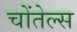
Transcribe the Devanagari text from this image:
चोंतेल्स